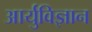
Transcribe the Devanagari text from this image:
आर्युविज्ञान